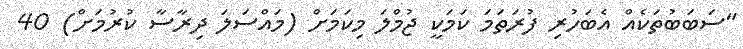
"ސަބަބުތަކެއް އެބަހުރި ފުރަތަމަ ކަމަކީ ޖުމްލަ މިކަމަށް (މައްސަލަ ދިރާސާ ކުރުމަށް) 40